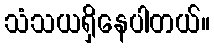
သံသယရှိနေပါတယ်။